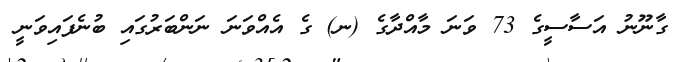
ގާނޫނު އަސާސީގެ 73 ވަނަ މާއްދާގެ (ނ) ގެ އެއްވަނަ ނަންބަރުގައި ބުނެފައިވަނީ